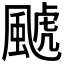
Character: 𱃄